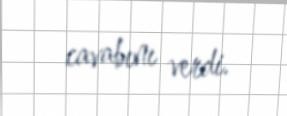
cavabını verdi.